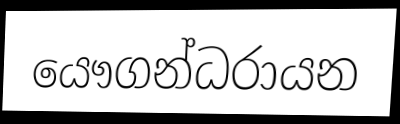
යෞගන්ධරායන